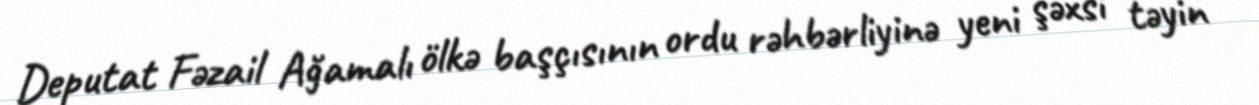
Deputat Fəzail Ağamalı ölkə başçısının ordu rəhbərliyinə yeni şəxsi təyin